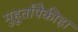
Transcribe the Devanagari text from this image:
मुहूर्तांपैकीहा